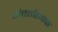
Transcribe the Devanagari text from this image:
अंतर्तात्मक